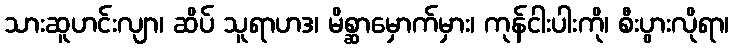
သားဆူဟင်းလျာ၊ ဆိပ် သူရာဟဒ၊ မိစ္ဆာမှောက်မှား၊ ကုန်ငါးပါးကို၊ စီးပွားလိုရာ၊